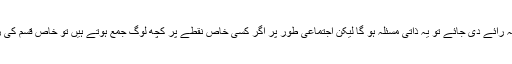
اگر سچ بولنے کی نصیحت ایک آفاقی سچائی ہے اگر انفرادی طور پر یہ رائے دی جائے تو یہ ذاتی مسئلہ ہو گا لیکن اجتماعی طور پر اگر کسی خاص نقطے پر کچھ لوگ جمع ہوتے ہیں تو خاص قسم کی رائے رکھنے کے باوجود ان کی رائے کے مخالف رائے نہیں دیں گے۔